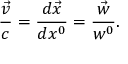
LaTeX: \frac { \vec { v } } { c } = \frac { d \vec { x } } { d x ^ { 0 } } = \frac { \vec { w } } { w ^ { 0 } } .